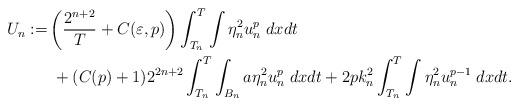
LaTeX: \begin{align*}U_n:= &\left(\frac{2^{n+2}}{T}+C(\varepsilon, p)\right) \int_{T_n}^{T} \int \eta_n^2u_n^p\;dxdt \\ &\;+(C(p)+1)2^{2n+2} \int_{T_n}^{T}\int_{B_n} a \eta_n^2 u_n^p \;dxdt +2 p k_n^2 \int_{T_n}^{T}\int \eta_n^2 u_n^{p-1}\;dxdt. \end{align*}